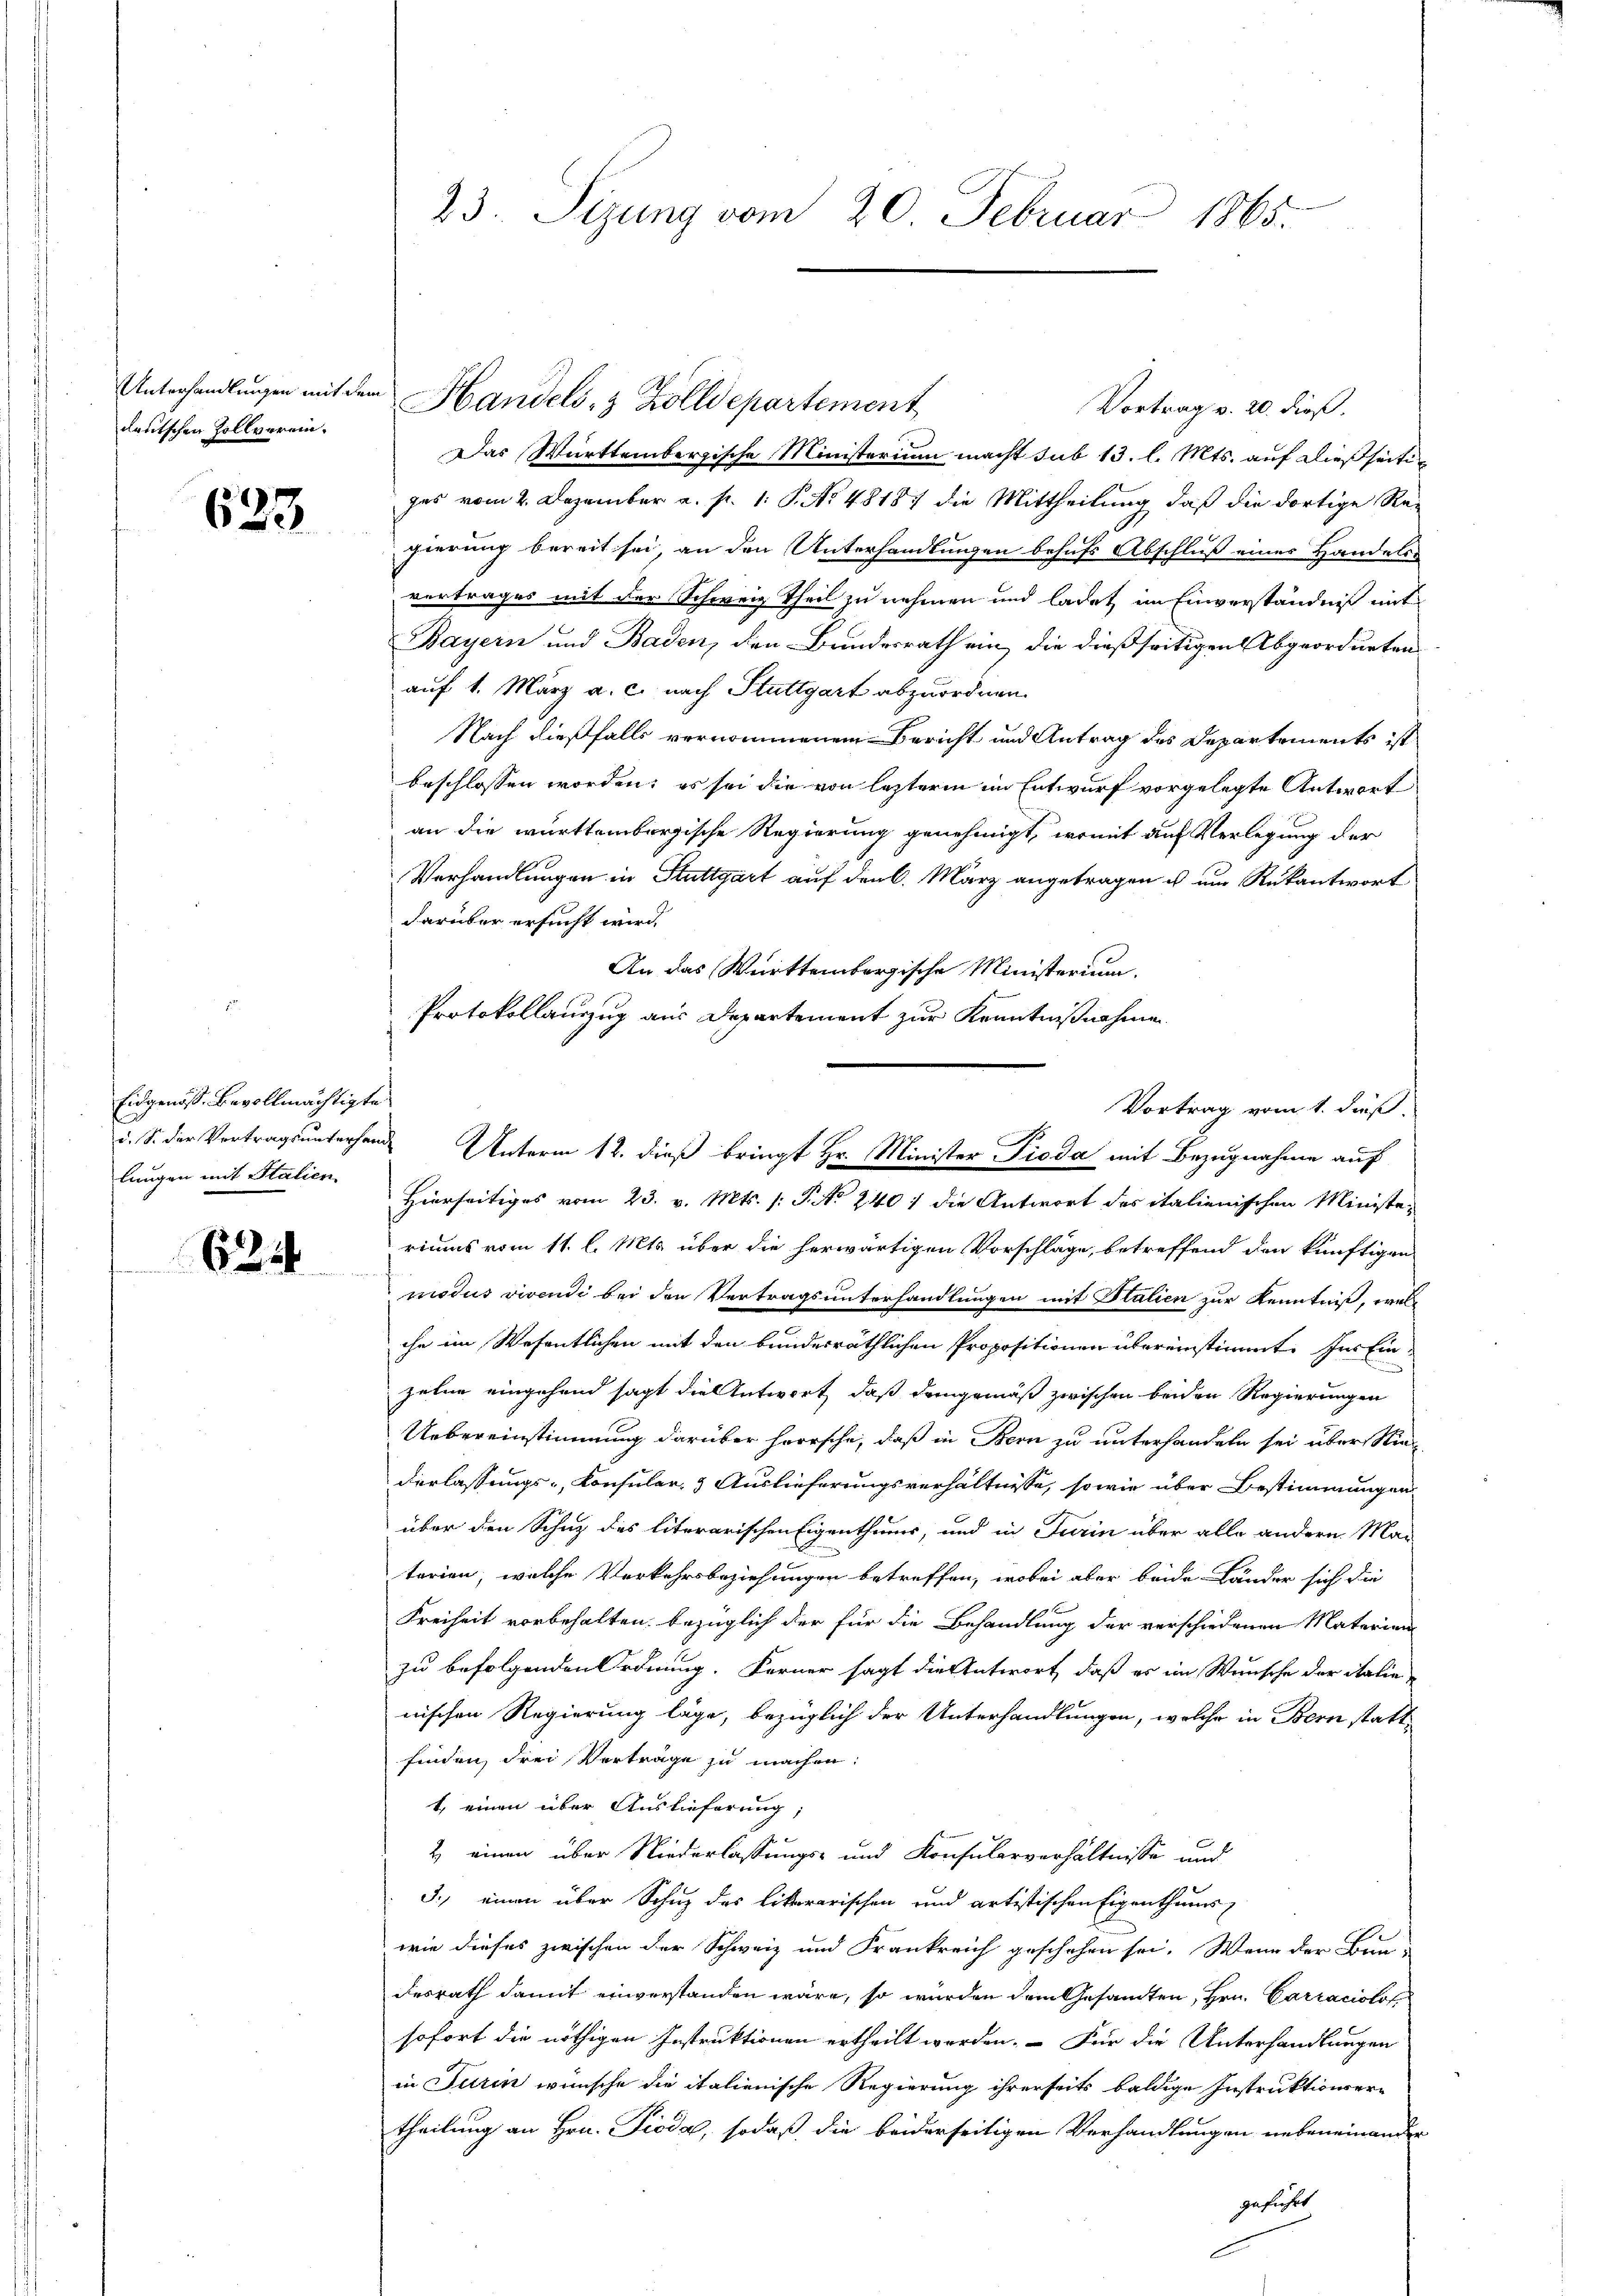
deutschen Zollverein.

623

Eidgenöss. Bevollmächtigte
lungen mit Stalien

625

23. Sizung vom 20. Februar 1865.

Vortrag v. 20. dieß.
Das Württembergische Ministerium macht sub 13. l. Mts. auf dießseitigas vom 2. Dezember a. p. 1. P. No 48187 die Mittheilung, daß die dortige Re-
gierung bereit sei, an den Unterhandlungen behufs Abschluß eines Handeln
vertrages mit der Schweiz Theil zu nehmen und ladet im Einverständniß mit
Bayern und Baden, den Bundesrath ein, die dießseitigen Abgeordneten
auf 1. März a. c. nach Stuttgart abzuordnen.
Nach dießfalls vernommenem Bericht und Antrag des Departements ist
beschlossen worden; es sei die von lezterm im Entwurf vorgelegte Antwort
an die württembergische Regierung genehmigt, womit auf Verlegung der
Verhandlungen in Stuttgart auf den 6. März angetragen u um Rükantwort
darüber ersucht wird.
An das Württembergische Ministerium.
Protokollauszug aus Departement zur Kenntnißnahme
Hierseitiges vom 23. v. Mts. (: P. No. 240 / die Antwort des italienischen Ministe-
riums vom 11. l. Mts. über die herwärtigen Vorschläge, betreffend den künftigen
modus vivendi bei den Vertragsunterhandlungen mit Italien zur Kenntniß, welihn im Wesentlichen mit den bundesräthlichen Propositionen übereinstimmt. Ins Einzelne eingehend sagt die Antwort, daß dangemäß zwischen beiden Regierungen
Uebereinstimmung darüber herrsche, daß in Bern zu unterhandeln sei überstiederlassungs- Konsuler, 5 Auslieferungsverhältnisse, sowie über Bestimmungen
über den Schuz des literarischen Eigenthums, und in Turin über alle andern Man-
terien, welche Verkehrsbeziehungen betreffen, wobei aber beide Länder sich die
Freiheit vorbehalten, bezüglich der für die Behandlung der verschiedenen Materium
zu befolgenden Ordnung. Ferner sagt die Antwort, daß er im Wunsche der italia
nischen Regierung läge, bezüglich der Unterhandlungen, welche in Bern stattfinden, drei Vorträge zu machen:
1, einen über Auslieferung;
2 einen über Niederlassungs- und Konsularverhältnisse und
3.) einen über Schuz des Likararischen und artistischen Eigenthums-
wie dieses zwischen der Schweiz und Frankreich geschehen sei. Wenn der Bau-
desrath damit einverstanden wäre, so wurden dem Gesamten, Hrn. Carracislof
sofort die nöthigen Instruktionen ertheilt werden. – Für die Unterhandlungen
in Turin wünsche die italienische Regierung ihrerseits baldige Instruktionser-
theilung an Hrn. Fieda, sodaß die beiderseitigen Verhandlungen nebeneinander
geführt

Unterhandlungen mit dem Handels- & Zolldepartement

Vortrag vom 1. dieß.
d. S. der Vertragsunterhande Unterm 12. dieß bringt Hr. Minister Pioda mit Bezugnahme auf